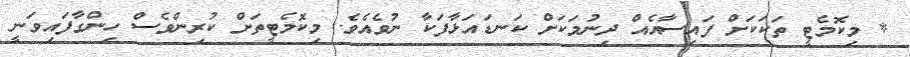
* މިކޮމެޓީ ތަކަކަށް ފައިސާއެއް ދިނުމަކަށް ކަނޑައަޅާފަކާ ނުވެއެވެ. މިކޮމެޓީތަށް ކުރިންވެސް ހިންގާފައިވަނީ